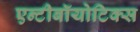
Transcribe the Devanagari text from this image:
एन्टीबॉयोटिक्स